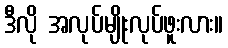
ဒီလို အလုပ်မျိုးလုပ်ဖူးလား။